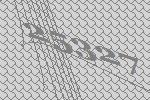
25327